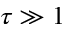
\tau \gg 1